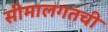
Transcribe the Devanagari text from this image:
सीमालगतची